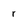
Character: r